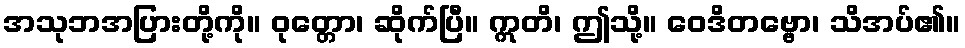
အသုဘအပြားတို့ကို။ ဝုတ္တော၊ ဆိုက်ပြီ။ ဣတိ၊ ဤသို့။ ဝေဒိတဗ္ဗော၊ သိအပ်၏။